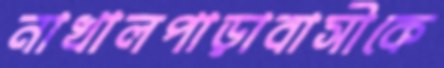
নাখালপাড়াবাসীকে